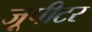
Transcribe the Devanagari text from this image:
जूपीटर